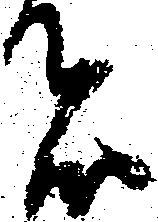
者